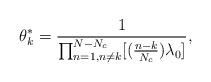
LaTeX: \begin{align*} \theta_k^*&=\frac{1}{ \prod_{n=1,n \neq k}^{N-N_c} [(\frac{n-k}{N_c})\lambda_{0}]}, \\ \end{align*}